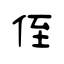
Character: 侄